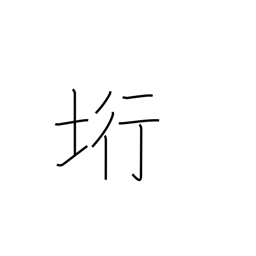
Meaning: cliff